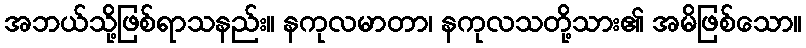
အဘယ်သို့ဖြစ်ရာသနည်း။ နကုလမာတာ၊ နကုလသတို့သား၏ အမိဖြစ်သော။